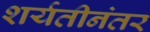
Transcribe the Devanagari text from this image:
शर्यतीनंतर